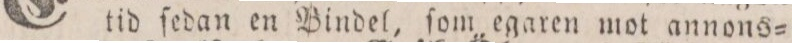
tid ſedan en Bindel, ſom egaren mot annons=